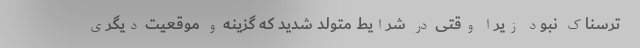
ترسناک نبود زیرا وقتی در شرایط متولد شدید که گزینه و موقعیت دیگری